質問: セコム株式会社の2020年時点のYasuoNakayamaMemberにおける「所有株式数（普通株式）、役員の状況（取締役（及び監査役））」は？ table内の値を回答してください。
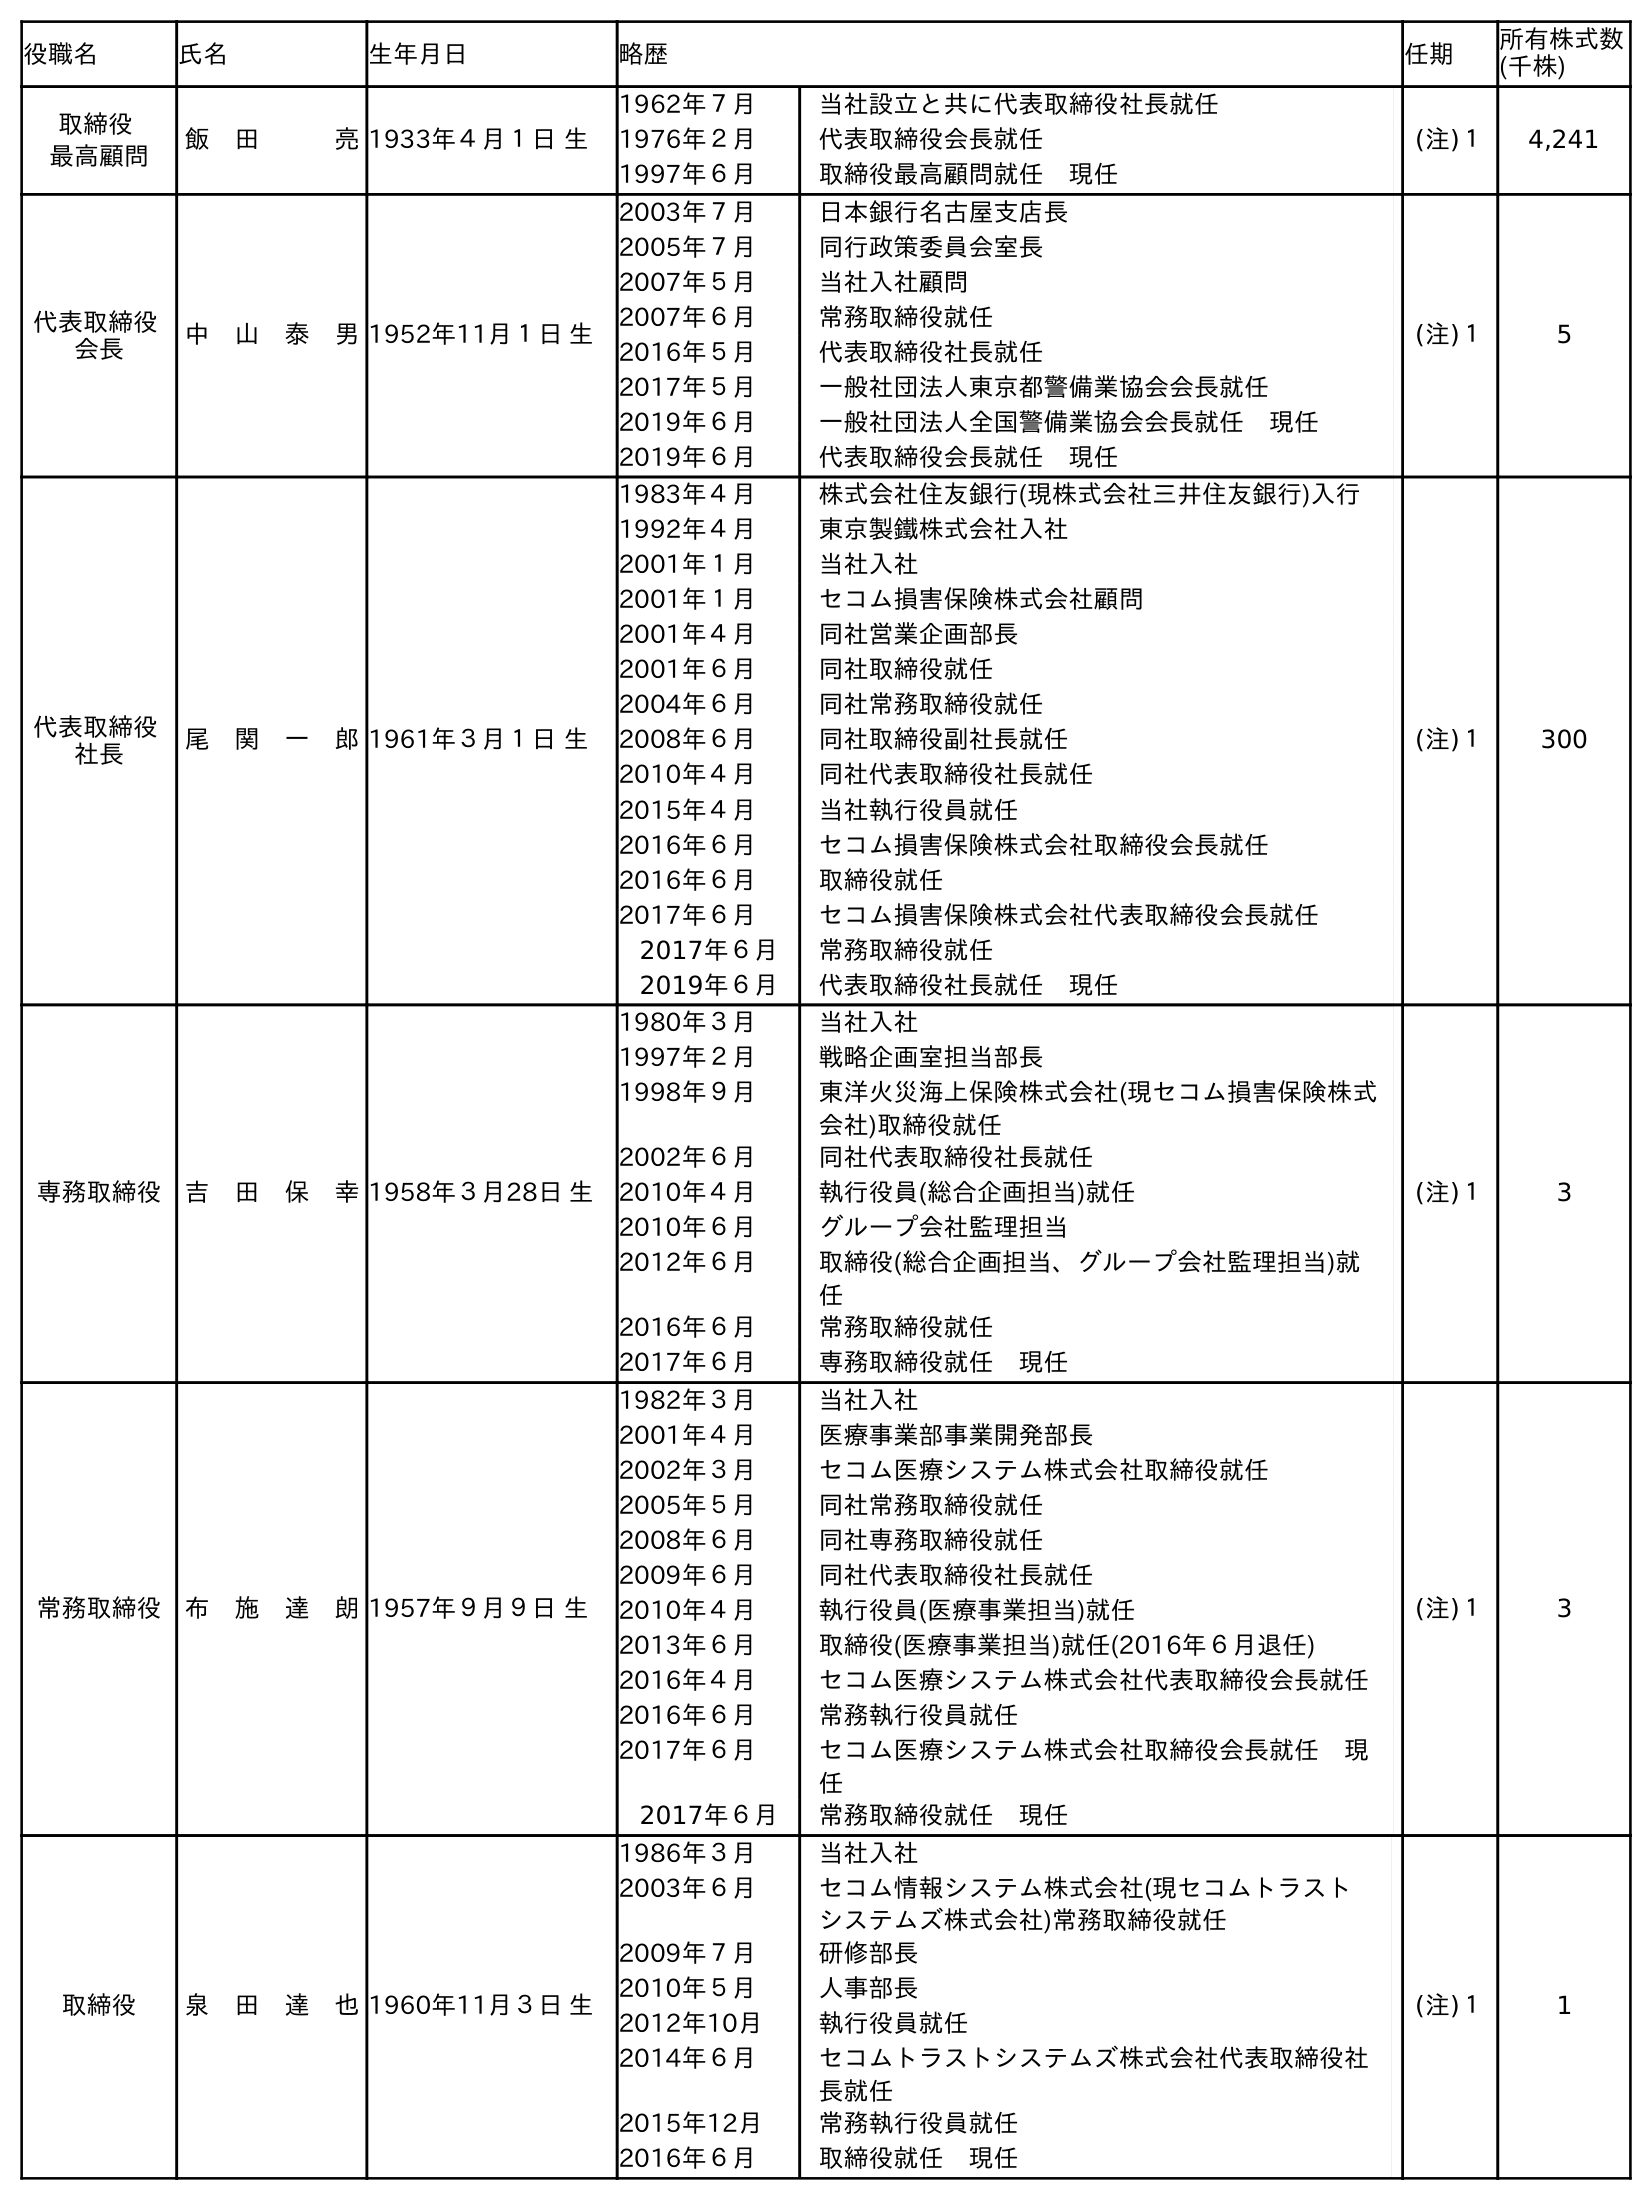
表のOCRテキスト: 役職名 氏名 生年月日 略歴 任期 所有株式数 (千株) 取締役 最高顧問 飯 田   亮1933年４月１日 生 1962年７月 当社設立と共に代表取締役社長就任 1976年２月 代表取締役会長就任 1997年６月 取締役最高顧問就任 現任 (注)１ 4,241 代表取締役 会長 中 山 泰 男1952年11月１日 生 2003年７月 日本銀行名古屋支店長 2005年７月 同行政策委員会室長 2007年５月 当社入社顧問 2007年６月 常務取締役就任 2016年５月 代表取締役社長就任 2017年５月 一般社団法人東京都警備業協会会長就任 2019年６月 一般社団法人全国警備業協会会長就任 現任 2019年６月 代表取締役会長就任 現任 (注)１ 5 代表取締役 社長 尾 関 一 郎1961年３月１日 生 1983年４月 株式会社住友銀行(現株式会社三井住友銀行)入行 1992年４月 東京製鐵株式会社入社 2001年１月 当社入社 2001年１月 セコム損害保険株式会社顧問 2001年４月 同社営業企画部長 2001年６月 同社取締役就任 2004年６月 同社常務取締役就任 2008年６月 同社取締役副社長就任 2010年４月 同社代表取締役社長就任 2015年４月 当社執行役員就任 2016年６月 セコム損害保険株式会社取締役会長就任 2016年６月 取締役就任 2017年６月 セコム損害保険株式会社代表取締役会長就任 2017年６月 常務取締役就任 2019年６月 代表取締役社長就任 現任 (注)１ 300 専務取締役 吉 田 保 幸1958年３月28日 生 1980年３月 当社入社 1997年２月 戦略企画室担当部長 1998年９月 東洋火災海上保険株式会社(現セコム損害保険株式 会社)取締役就任 2002年６月 同社代表取締役社長就任 2010年４月 執行役員(総合企画担当)就任 2010年６月 グループ会社監理担当 2012年６月 取締役(総合企画担当、グループ会社監理担当)就 任 2016年６月 常務取締役就任 2017年６月 専務取締役就任 現任 (注)１ 3 常務取締役 布 施 達 朗1957年９月９日 生 1982年３月 当社入社 2001年４月 医療事業部事業開発部長 2002年３月 セコム医療システム株式会社取締役就任 2005年５月 同社常務取締役就任 2008年６月 同社専務取締役就任 2009年６月 同社代表取締役社長就任 2010年４月 執行役員(医療事業担当)就任 2013年６月 取締役(医療事業担当)就任(2016年６月退任) 2016年４月 セコム医療システム株式会社代表取締役会長就任 2016年６月 常務執行役員就任 2017年６月 セコム医療システム株式会社取締役会長就任 現 任 2017年６月 常務取締役就任 現任 (注)１ 3 取締役 泉 田 達 也1960年11月３日 生 1986年３月 当社入社 2003年６月 セコム情報システム株式会社(現セコムトラスト システムズ株式会社)常務取締役就任 2009年７月 研修部長 2010年５月 人事部長 2012年10月 執行役員就任 2014年６月 セコムトラストシステムズ株式会社代表取締役社 長就任 2015年12月 常務執行役員就任 2016年６月 取締役就任 現任 (注)１ 1
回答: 5